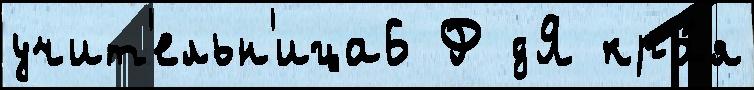
учит'ельн'ица6 Ф дЯ кра́я